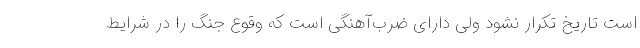
است تاریخ تکرار نشود ولی دارای ضرب‌آهنگی است که وقوع جنگ را در شرایط